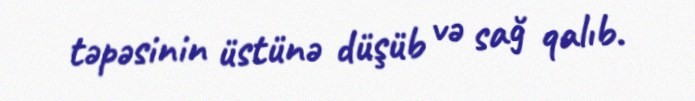
təpəsinin üstünə düşüb və sağ qalıb.